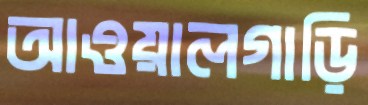
আওয়ালগাড়ি